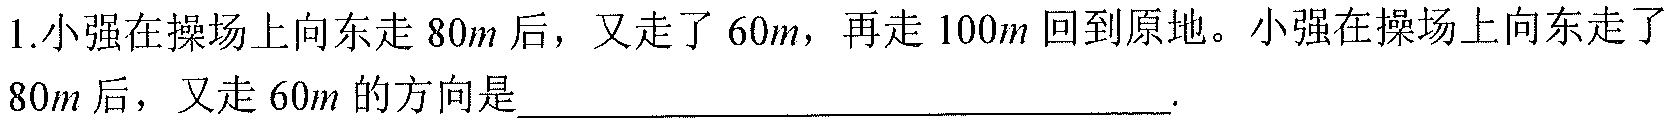
1.小强在操场上向东走\(80m\)后，又走了\(60m\)，再走\(100m\)回到原地。小强在操场上向东走了\(80m\)后，又走\(60m\)的方向是  。